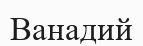
Ванадий